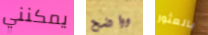
يمكنني وواضح بالعثور